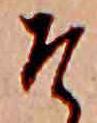
そ